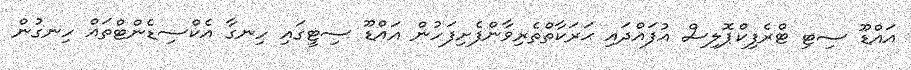
އައްޑޫ ސިޓި ޓްރެފިކްޕޮލިސް އުފައްދައި ޙަރަކާތްތެރިވާންފެށިފަހުން އައްޑޫ ސިޓީގައި ހިނގާ އެކްސިޑެންޓްތައް ހިނގުން